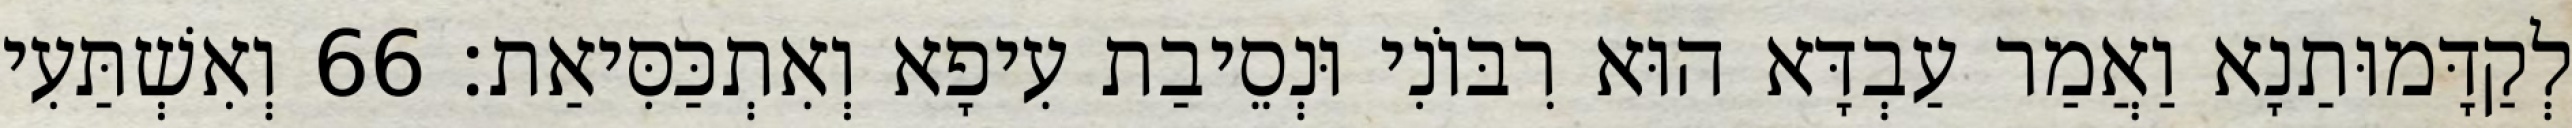
לְקַדָּמוּתַנָא וַאֲמַר עַבְדָּא הוּא רִבּוֹנִי וּנְסֵיבַת עִיפָא וְאִתְכַּסִּיאַת׃ 66 וְאִשְׁתַּעִי